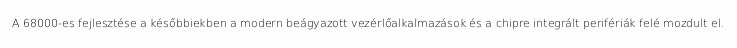
A 68000-es fejlesztése a későbbiekben a modern beágyazott vezérlőalkalmazások és a chipre integrált perifériák felé mozdult el.